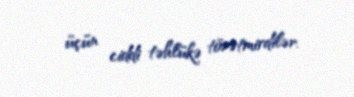
üçün ciddi təhlükə törətmirdilər.